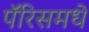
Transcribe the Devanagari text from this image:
पॅरिसमधे